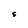
Character: S